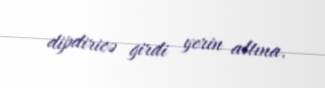
dipdiricə girdi yerin altına.